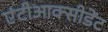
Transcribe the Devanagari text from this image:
एंटीआक्सीडेंट